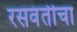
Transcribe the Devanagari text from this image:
रसवंतीचा